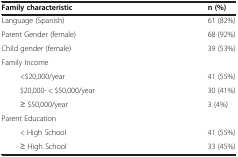
<table><thead><tr><td><b>Family characteristic</b></td><td><b>n (%)</b></td></tr></thead><tbody><tr><td>Language (Spanish)</td><td>61 (82%)</td></tr><tr><td>Parent Gender (female)</td><td>68 (92%)</td></tr><tr><td>Child gender (female)</td><td>39 (53%)</td></tr><tr><td>Family Income</td><td>[EMPTY_CELL]</td></tr><tr><td>&lt;$20,000/year</td><td>41 (55%)</td></tr><tr><td>$20,000- &lt; $50,000/year</td><td>30 (41%)</td></tr><tr><td>≥ $50,000/year</td><td>3 (4%)</td></tr><tr><td>Parent Education</td><td>[EMPTY_CELL]</td></tr><tr><td>&lt; High School</td><td>41 (55%)</td></tr><tr><td>≥ High School</td><td>33 (45%)</td></tr></tbody></table>